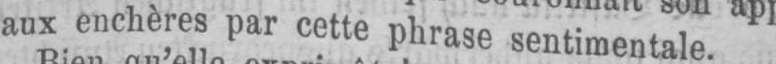
aux enchères par cette phrase sentimentale.